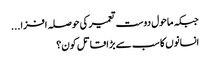
جبکہ ماحول دوست تعمیر کی حوصلہ افزا...
انسانوں کا سب سے بڑا قاتل کون؟